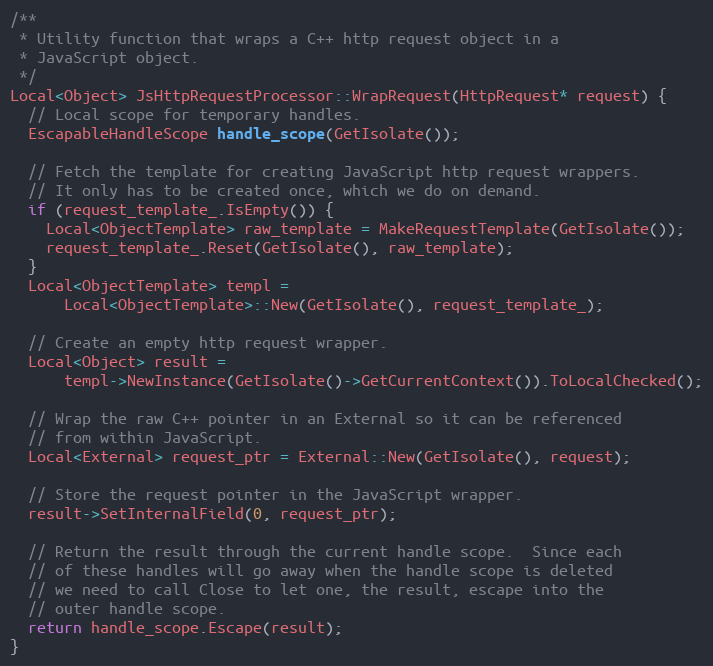
Language: C++
/**
 * Utility function that wraps a C++ http request object in a
 * JavaScript object.
 */
Local<Object> JsHttpRequestProcessor::WrapRequest(HttpRequest* request) {
  // Local scope for temporary handles.
  EscapableHandleScope handle_scope(GetIsolate());

  // Fetch the template for creating JavaScript http request wrappers.
  // It only has to be created once, which we do on demand.
  if (request_template_.IsEmpty()) {
    Local<ObjectTemplate> raw_template = MakeRequestTemplate(GetIsolate());
    request_template_.Reset(GetIsolate(), raw_template);
  }
  Local<ObjectTemplate> templ =
      Local<ObjectTemplate>::New(GetIsolate(), request_template_);

  // Create an empty http request wrapper.
  Local<Object> result =
      templ->NewInstance(GetIsolate()->GetCurrentContext()).ToLocalChecked();

  // Wrap the raw C++ pointer in an External so it can be referenced
  // from within JavaScript.
  Local<External> request_ptr = External::New(GetIsolate(), request);

  // Store the request pointer in the JavaScript wrapper.
  result->SetInternalField(0, request_ptr);

  // Return the result through the current handle scope.  Since each
  // of these handles will go away when the handle scope is deleted
  // we need to call Close to let one, the result, escape into the
  // outer handle scope.
  return handle_scope.Escape(result);
}